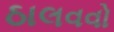
ઠાલવવો